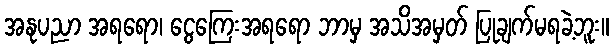
အနုပညာ အရရော၊ ငွေကြေးအရရော ဘာမှ အသိအမှတ် ပြုချက်မရခဲ့ဘူး။